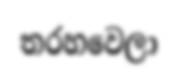
තරහවෙලා